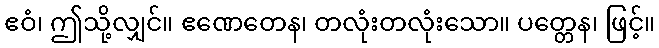
ဧဝံ၊ ဤသို့လျှင်။ ဧဏေတေန၊ တလုံးတလုံးသော။ ပတ္တေန၊ ဖြင့်။